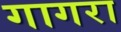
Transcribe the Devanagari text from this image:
गागरा